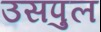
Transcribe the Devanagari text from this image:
उसपुल